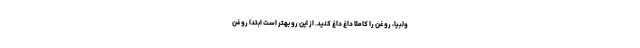
ولبیا، روغن را کاملاً داغِ داغ کنید. از این رو بهتر است ابتدا روغن